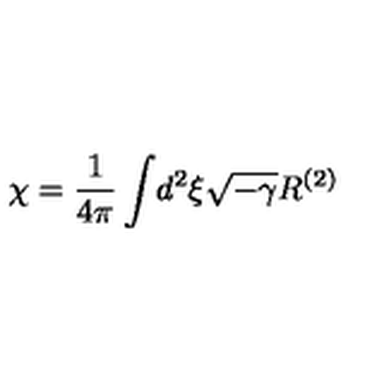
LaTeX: \chi = { \frac { 1 } { 4 \pi } } \int \! d ^ { 2 } \xi \sqrt { - \gamma } R ^ { ( 2 ) }